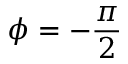
\phi = - \frac { \pi } { 2 }